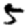
Digit: 5